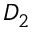
D _ { 2 }